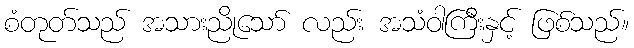
စံတုတ်သည် အသားညိုသော် လည်း အသံဝါကြီးနှင့် ဖြစ်သည်။